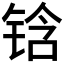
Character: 𰾅